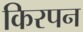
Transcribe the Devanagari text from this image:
किरपन